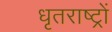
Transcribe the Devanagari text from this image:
धृतराष्ट्रों